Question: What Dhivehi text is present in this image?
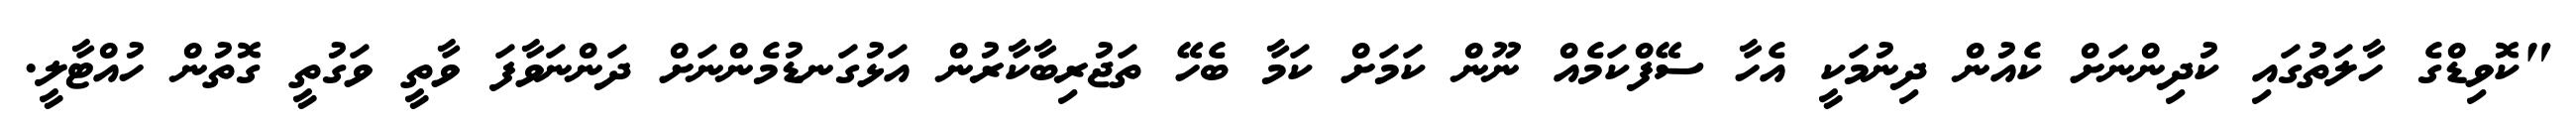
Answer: "ކޮވިޑްގެ ހާލަތުގައި ކުދިންނަށް ކެއުން ދިނުމަކީ އެހާ ސޭފްކަމެއް ނޫން ކަމަށް ކަމާ ބެހޭ ތަޖުރިބާކާރުން އަޅުގަނޑުމެންނަށް ދަންނަވާފަ ވާތީ ވަގުތީ ގޮތުން ހުއްޓާލީ.